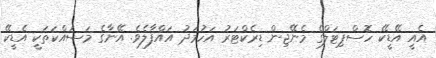
އެއީ އޭޑީކޭ ހޮސްޕިޓަލްގެ މެނޭޖިން ޑިރެކްޓަރު އަހުމަދު އައްފާލެވެ. އޭނާގެ މަސައްކަތަކީ އެޑީކޭ